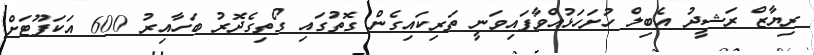
ރިޔާޒް ރަޝީދު އެބިލް ހުށަހަޅުއްވާފައިވަނީ ތަރިކައިގެން ގޮތުގައި ގޯތިގެދޮރު ބަހާއިރު 600 އަކަފޫޓަށް